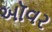
ઑવર